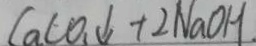
C a C O _ { 1 } \downarrow + 2 N a O H .